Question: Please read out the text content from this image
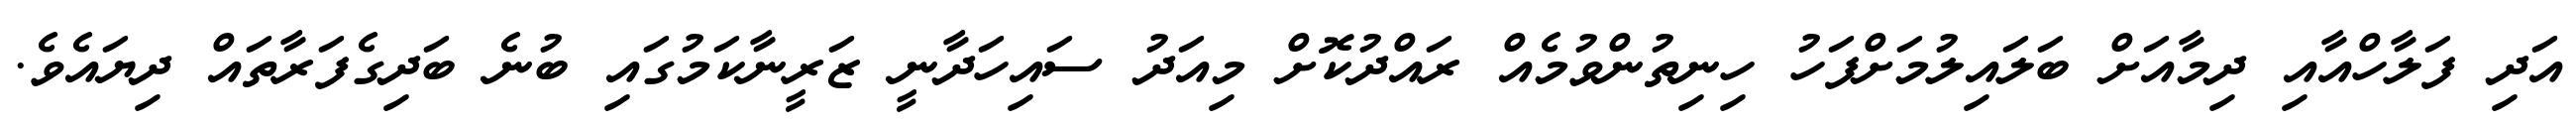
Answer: އަދި ފަލާހްއާއި ދިމާއަށް ބަލައިލުމަށްފަހު ހިނިތުންވުމެއް ރައްދުކޮށް މިއަދު ސައިހަދާނީ ޒަރީނާކަމުގައި ބުނެ ބަދިގެފަރާތައް ދިޔައެވެ.